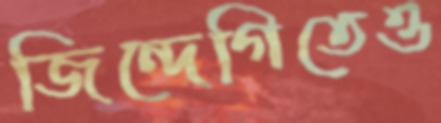
জিন্দেগিতেও